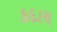
કદાય